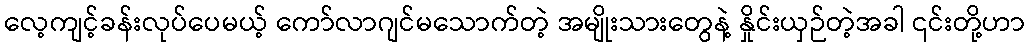
လေ့ကျင့်ခန်းလုပ်ပေမယ့် ကော်လာဂျင်မသောက်တဲ့ အမျိုးသားတွေနဲ့ နှိုင်းယှဉ်တဲ့အခါ ၎င်းတို့ဟာ